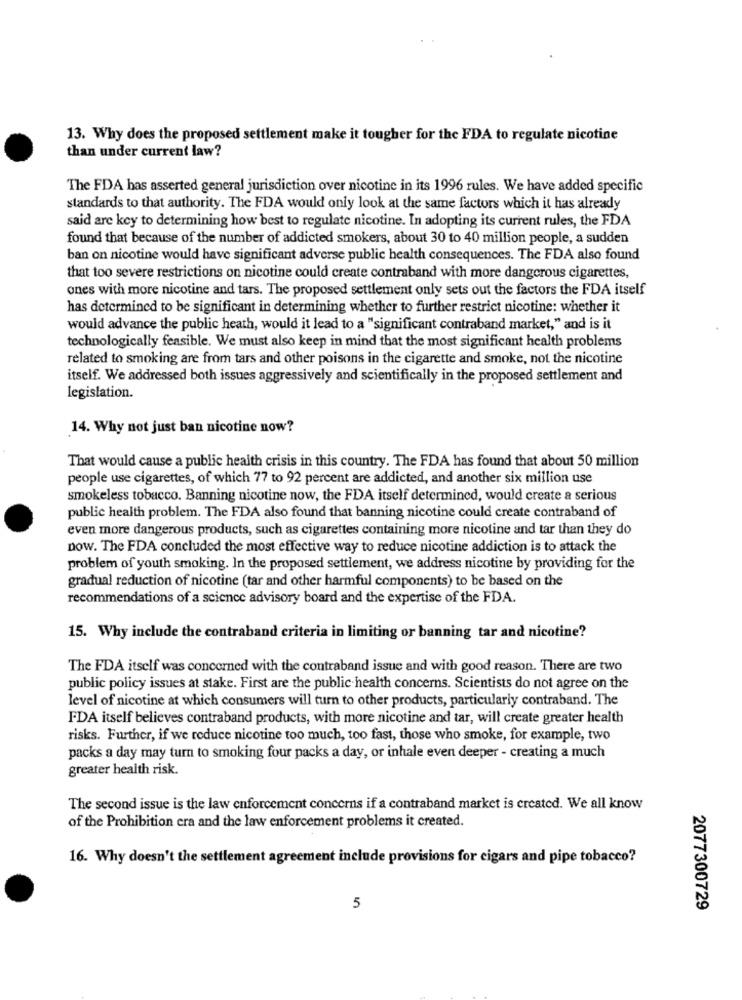
13. Why does the proposed settlement make it tougher for the FDA to regulate nicotine
than under current law?
The FDA has asserted general jurisdiction over nicotine in its 1996 rules. We have added specific
standards to that authority. The FDA would only look at the same factors which it has already
said are key to determining how best to regulate nicotine. In adopting its current rules, the FDA
found that because of the number of addicted smokers, about 30 to 40 million people, a sudden
ban on nicotine would have significant adverse public health consequences. The FDA also found
that too severe restrictions on nicotine could create contraband with more dangerous cigarettes,
ones with more nicotine and tars. The proposed settlement only sets out the factors the FDA itself
has determined to be significant in determining whether to further restrict nicotine: whether it
would advance the public heath, would it lead to a "significant contraband market," and is it
technologically feasible. We must also keep in mind that the most significant health problems
related to smoking are from tars and other poisons in the cigarette and smoke, not the nicotine
itself. We addressed both issues aggressively and scientifically in the proposed settlement and
legislation.
14. Why not just ban nicotine now?
That would cause a public health crisis in this country. The FDA has found that about 50 million
people use cigarettes, of which 77 to 92 percent are addicted, and another six million use
smokeless tobacco. Banning nicotine now, the FDA itself determined, would create a serious
public health problem. The FDA also found that banning nicotine could create contraband of
even more dangerous products, such as cigarettes containing more nicotine and tar than they do
Dow. The FDA concluded the most effective way to reduce nicotine addiction is to attack the
problem of youth smoking. In the proposed settlement, we address nicotine by providing for the
gradual reduction of nicotine (tar and other harmful components) to be based on the
recommendations of a science advisory board and the expertise of the FDA.
15. Why include the contraband criteria in limiting or banning tar and nicotine?
The FDA itself was concerned with the contraband issue and with good reason. There are two
public policy issues at stake. First are the public health concerns. Scientists do not agree on the
level of nicotine at which consumers will turn to other products, particularly contraband. The
FDA itself believes contraband products, with more nicotine and tar, will create greater health
risks. Further, if we reduce nicotine too much, too fast, those who smoke, for example, two
packs a day may turn to smoking four packs a day, or inhale even deeper - creating a much
greater health risk.
The second issue is the law enforcement concerns if a contraband market is created. We all know
of the Prohibition cra and the law enforcement problems it created.
16. Why doesn't the settlement agreement include provisions for cigars and pipe tobacco?
5
2077300729